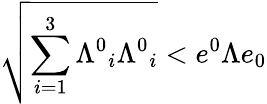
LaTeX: \sqrt{\sum_{i=1}^{3}\displaystyle\Lambda^{0}{}_{i}\Lambda^{0}{}_{i}}<e^{0}\Lambda e_{0}